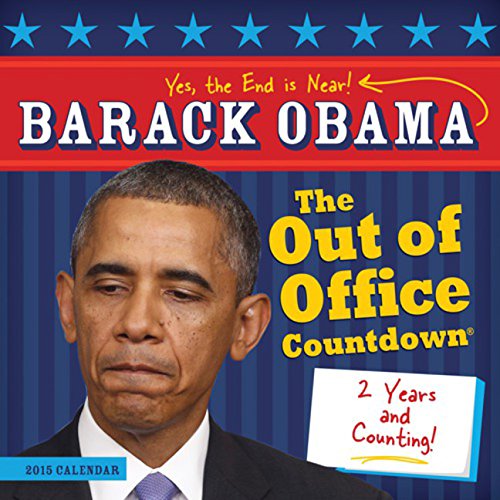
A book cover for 2015 Barack Obama Out of Office Calendar Countdown Wall Calendar: The End Is Near; Calendars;